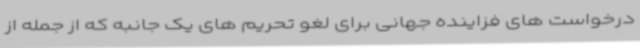
درخواست های فزاینده جهانی برای لغو تحریم های یک جانبه که از جمله از